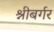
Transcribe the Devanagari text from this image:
श्नीबर्गर